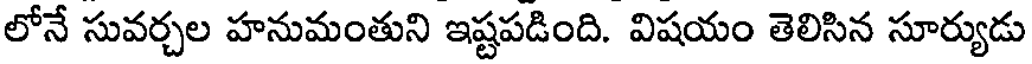
లోనే సువర్చల హనుమంతుని ఇష్టపడింది. విషయం తెలిసిన సూర్యుడు